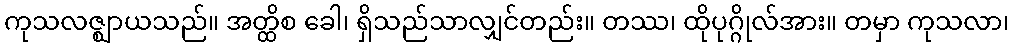
ကုသလဇ္ဈာယသည်။ အတ္ထိစ ခေါ၊ ရှိသည်သာလျှင်တည်း။ တဿ၊ ထိုပုဂ္ဂိုလ်အား။ တမှာ ကုသလာ၊